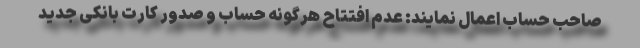
صاحب حساب اعمال نمایند: عدم افتتاح هرگونه حساب و صدور کارت بانکی جدید